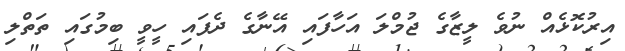
އިރުކޮޅެއް ނުވެ ލީޒާގެ ޖުމްލަ އަހާފައި އޭނާގެ ދެފައި ހީވީ ބިމުގައި ތަތްލި